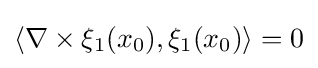
\left\langle \nabla \times \xi _{1}(x_{0}),\xi _{1}(x_{0})\right\rangle =0